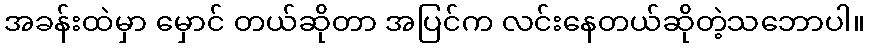
အခန်းထဲမှာ မှောင် တယ်ဆိုတာ အပြင်က လင်းနေတယ်ဆိုတဲ့သဘောပါ။